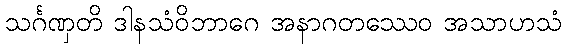
သင်္ဂဏှတိ ဒါနသံဝိဘာဂေ အနာဂတဿေဝ အသာဟသံ